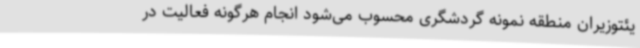
یئتوزیران منطقه نمونه گردشگری محسوب می‌شود انجام هرگونه فعالیت در